Vaccination in the Punjab 1867-1880 - 1867-1880
Year: 1867
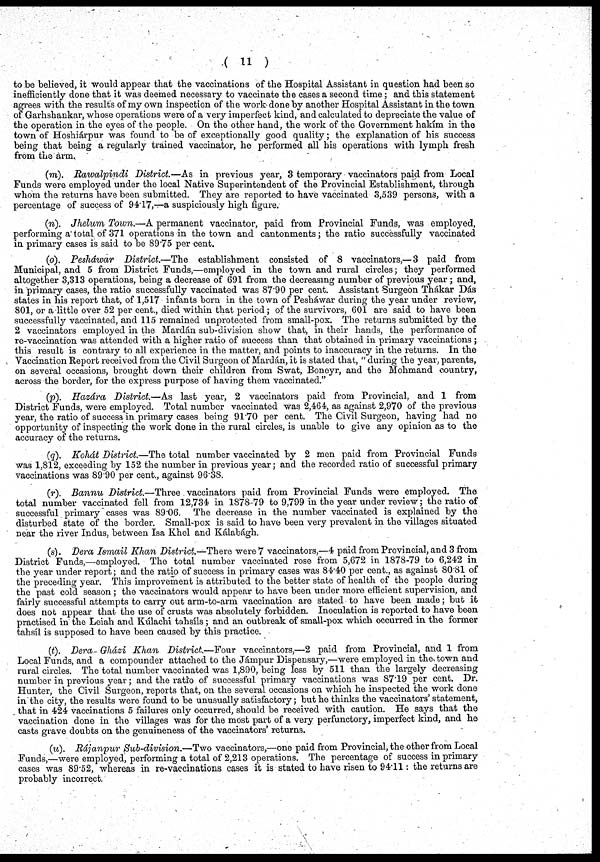
(
11)
to be believed, it would appear that the vaccinations of the Hospital Assistant in question had been so
inefficiently done that it was deemed necessary to vaccinate the cases a second time ; and this statement
agrees with the results of my own inspection of the work done by another Hospital Assistant in the town
of Garhshankar, whose operations were of a very imperfect kind, and calculated to depreciate the value of
the operation in the eyes of the people. On the other hand, the work of the Government hakím in the
town of Hoshiárpur was found to be of exceptionally good quality; the explanation of his success
being that being a regularly trained vaccinator, he performed all his operations with lymph fresh
from the arm.
(m). Rawalpindi
District.—As in previous year, 3 temporary vaccinators paid from Local
Funds were employed under the local Native Superintendent of the Provincial Establishment, through
whom the returns have been submitted. They are reported to have vaccinated 3,539 persons, with a
percentage of success of 94.17,—a suspiciously high figure.
(n). Jhelum Town.—A permanent vaccinator, paid from Provincial Funds, was employed,
performing a total of 371 operations in the town and cantonments; the ratio successfully vaccinated
in primary cases is said to be 89.75 per cent.
(o). Pesháwar
District.—The
establishment consisted of 8 vaccinators,—3 paid from
Municipal, and 5 from District Funds,—employed in the town and rural circles; they performed
altogether 3,313 operations, being a decrease of 691 from the decreasing number of previous year ; and,
in primary cases, the ratio successfully vaccinated was 87.90 per cent. Assistant Surgeon Thákar Dás
states in his report that, of 1,517 infants born in the town of Pesháwar during the year under review,
801, or a little over 52 per cent., died within that period ; of the survivors, 601 are said to have been
successfully vaccinated, and 115 remained unprotected from small-pox. The returns submitted by the
2 vaccinators employed in the Mardán sub-division show that, in their hands, the performance of
re-vaccination was attended with a higher ratio of success than that obtained in primary vaccinations ;
this result is contrary to all experience in the matter, and points to inaccuracy in the returns. In the
Vaccination Report received from the Civil Surgeon of Mardán, it is stated that, " during the year, parents,
on several occasions, brought down their children from Swat, Boneyr, and the Mohmand country,
across the border, for the express purpose of having them vaccinated."
(p). Hazára District.—As last year, 2 vaccinators paid from Provincial, and 1 from
District Funds, were employed. Total number vaccinated was 2,464, as against 2,970 of the previous
year, the ratio of success in primary cases being 91.70 per cent. The Civil Surgeon, having had no
opportunity of inspecting the work done in the rural circles, is unable to give any opinion as to the
accuracy of the returns.
(q). Kohát District.—The total number vaccinated by 2 men paid from Provincial Funds
was 1,812, exceeding by 152 the number in previous year; and the recorded ratio of successful primary
vaccinations was 89.90 per cent., against 96.38.
(r). Bannu District.—Three vaccinators paid from Provincial Funds were employed. The
total number vaccinated fell from 12,734 in 1878-79 to 9,799 in the year under review; the ratio of
successful primary cases was 89.06. The decrease in the number vaccinated is explained by the
disturbed state of the border. Small-pox is said to have been very prevalent in the villages situated
near the river Indus, between Isa Khel and Kálabágh.
(s). Dera Ismail Khan District.—There were 7 vaccinators,—4 paid from Provincial, and 3 from
District Funds,—employed. The total number vaccinated rose from 5,672 in 1878-79 to 6,242 in
the year under report; and the ratio of success in primary cases was 84.40 per cent., as against 80.81 of
the preceding year. This improvement is attributed to the better state of health of the people during
the past cold season ; the vaccinators would appear to have been under more efficient supervision, and
fairly successful attempts to carry out arm-to-arm vaccination are stated to have been made; but it
does not appear that the use of crusts was absolutely forbidden. Inoculation is reported to have been
practised in the Leiah and Kúlachi tahsíls; and an outbreak of small-pox which occurred in the former
tahsíl is supposed to have been caused by this practice.
(t). Dera- Gházi Khan District.—Four
vaccinators,—2 paid from Provincial, and 1 from
Local Funds, and a compounder attached to the Jámpur Dispensary,—were employed in the town and
rural circles. The total number vaccinated was 1,890, being less by 511 than the largely decreasing
number in previous year; and the ratio of successful primary vaccinations was 87.19 per cent. Dr.
Hunter, the Civil Surgeon, reports that, on the several occasions on which he inspected the work done
in the city, the results were found to be unusually satisfactory; but he thinks the vaccinators' statement,
that in 424 vaccinations 5 failures only occurred, should be received with caution. He says that the
vaccination done in the villages was for the most part of a very perfunctory, imperfect kind, and he
casts grave doubts on the genuineness of the vaccinators' returns.
(u). Rájanpur Sub-division.—Two vaccinators,—one paid from Provincial, the other from Local
Funds,—were employed, performing a total of 2,213 operations. The percentage of success in primary
cases was 89.52, whereas in re-vaccinations cases it is stated to have risen to 94.11: the returns are
probably incorrect.